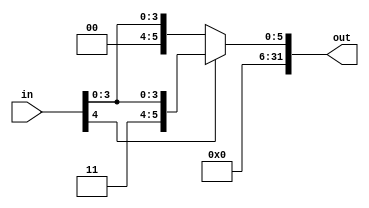
module sign_extension2(in, out);
input [4:0] in;
output reg [31:0] out;

always @ *
begin 
	if(in[4]==0)
		out = {27'b0, in};
	else
		out = {27'b1, in};
end
endmodule